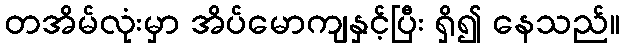
တအိမ်လုံးမှာ အိပ်မောကျနှင့်ပြီး ရှိ၍ နေသည်။